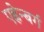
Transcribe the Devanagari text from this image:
एह्रेन्बर्ग